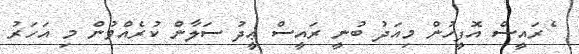
ެރައީސް އޮފީހުން މިއަދު ބުނީ ރައީސް ޢީދު ސަލާން ކުރެއްވުން މި އަހަރު